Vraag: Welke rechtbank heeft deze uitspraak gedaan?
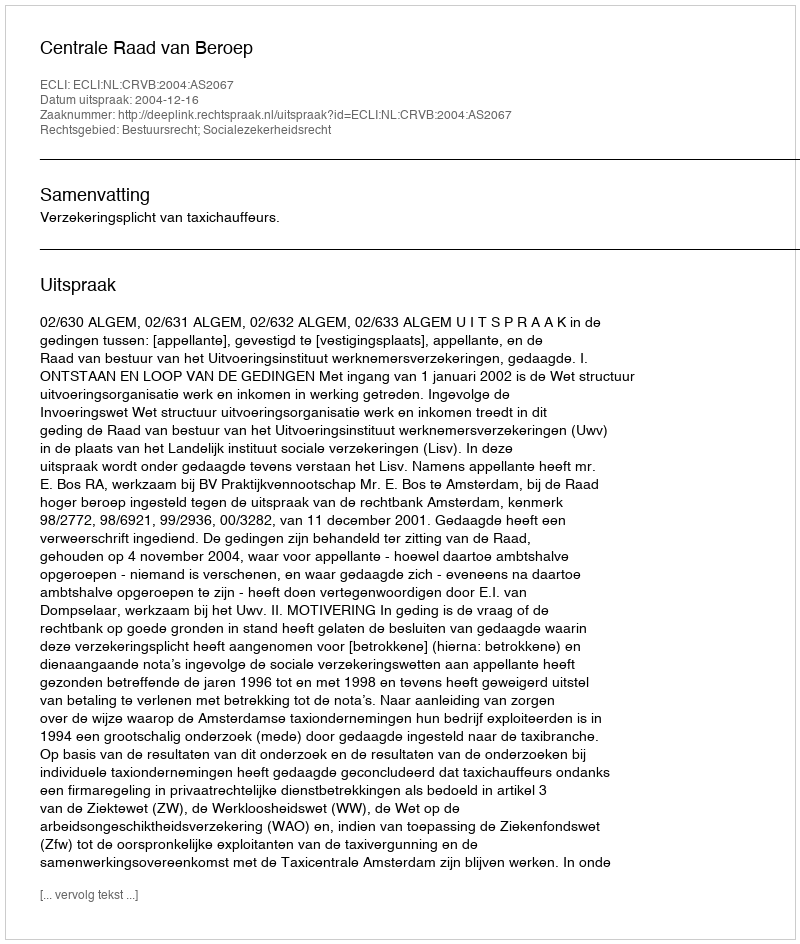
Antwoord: Centrale Raad van Beroep